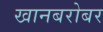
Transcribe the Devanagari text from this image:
खानबरोबर